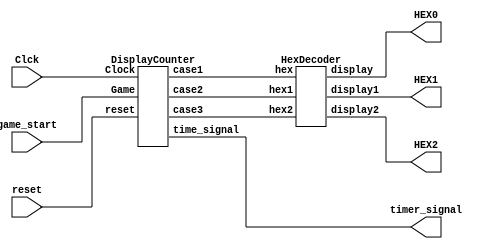
// Top Level Module
module GameTimer (
   input Clck, // 1 sec clock
	input reset,
	input game_start, //game started from FSM
	output [6:0] HEX0,
	output [6:0] HEX1,
	output [6:0] HEX2,
	output timer_signal
);
  wire [3:0] case1;
  wire [3:0] case2;
  wire [3:0] case3;

	  // Instantiate Display Counter
	  DisplayCounter DCInst (
			.Clock(Clck),
			.reset(reset),
		  	.Game(game_start),
			.case1(case1),
			.case2(case2),
			.case3(case3),
			.time_signal(timer_signal)
	  );

		// Hex Decoder
		HexDecoder HexInst (
			.hex(case1), .hex1(case2), 
			.hex2(case3), .display(HEX0), 
			.display1(HEX1), .display2(HEX2)
		 );

endmodule

// Display Counter Module keeps track of a 4-bit value and increments it when the RateDivider provides EnableDC; provides a continuous stream of hexadecimal values matching the current count state of the counter to show on display
module DisplayCounter (
    input Clock,
	 input reset,
	 input Game,
	 output reg [3:0] case1,
	 output reg [3:0] case2,
	 output reg [3:0] case3,
	 output reg time_signal
);
	 
	 initial begin
		 case1 = 4'b0;
		 case2 = 4'b0;
		 case3 = 4'b0;
		 time_signal = 4'b0;
	 end
	 
	 
    always @(posedge Clock)
    begin
	  if (reset || ~Game) begin
			case1 <= 4'b0;
			case2 <= 4'b0;
			case3 <= 4'b0;
			time_signal <= 1'b0;
	  end
	   else if (Game == 1'b1) begin
			if (case1 > 4'b1001) begin
				case1 <= 4'b0;
				case2 <= case2 + 1;
				time_signal <= 1'b0;
			end
			else if (case1 <= 4'b1001) begin
				case1 <= case1 + 1;
				time_signal <= 1'b0;
			end
			
			if (case2 > 4'b0101) begin
				case2 <= 4'b0;
				case3 <= case3 + 1;
				time_signal <= 1'b0;
			end
			
			if (case3 == 4'b0001) begin
				time_signal <= 1'b1;
			end
      end
	end
endmodule

// Hex Display Module
module HexDecoder(
    input [3:0] hex,
	 input [3:0] hex1,
	 input [3:0] hex2,
    output reg [6:0] display,
	 output reg [6:0] display1,
	 output reg [6:0] display2
);
always @(*)
    begin
		case(hex)
        4'b0: display = 7'b1000000; // 0
        4'b0001: display = 7'b1111001; // 1
        4'b0010: display = 7'b0100100; // 2
        4'b0011: display = 7'b0110000; // 3
        4'b0100: display = 7'b0011001; // 4
        4'b0101: display = 7'b0010010; // 5
        4'b0110: display = 7'b0000010; // 6
        4'b0111: display = 7'b1111000; // 7
        4'b1000: display = 7'b0000000; // 8
        4'b1001: display = 7'b0010000; // 9
        default: display = 7'b1111111; // Display nothing
		endcase
		
		case(hex1)
        4'b0: display1 = 7'b1000000; // 0
        4'b0001: display1 = 7'b1111001; // 1
        4'b0010: display1 = 7'b0100100; // 2
        4'b0011: display1 = 7'b0110000; // 3
        4'b0100: display1 = 7'b0011001; // 4
        4'b0101: display1 = 7'b0010010; // 5
        default: display1 = 7'b1111111; // Display nothing
		endcase
		
		case(hex2)
        4'b0: display2 = 7'b1000000; // 0
        4'b0001: display2 = 7'b1111001; // 1
        default: display2 = 7'b1111111; // Display nothing
		endcase
end
endmodule